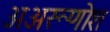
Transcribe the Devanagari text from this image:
अअरूणोश